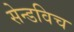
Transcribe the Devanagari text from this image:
सेन्डविच